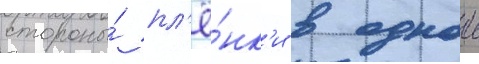
стороны́ пл'ё́нк'и в однои